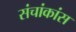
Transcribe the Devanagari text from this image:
संचांकांस